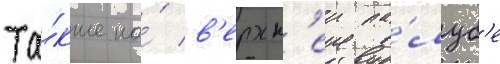
Та́кже на́ в'ерхн'еи па́луб'е